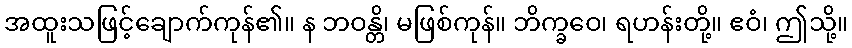
အထူးသဖြင့်ချောက်ကုန်၏။ န ဘဝန္တိ၊ မဖြစ်ကုန်။ ဘိက္ခဝေ၊ ရဟန်းတို့။ ဧဝံ၊ ဤသို့။